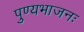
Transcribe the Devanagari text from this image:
पुण्यभाजनः